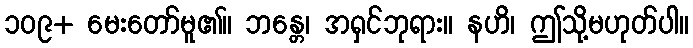
၁၀၉+ မေးတော်မူ၏။ ဘန္တေ၊ အရှင်ဘုရား။ နဟိ၊ ဤသို့မဟုတ်ပါ။